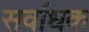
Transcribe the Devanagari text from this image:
सर्वाधक